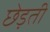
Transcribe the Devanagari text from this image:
छेड़ती